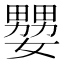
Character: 𡣠